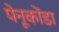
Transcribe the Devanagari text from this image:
पेनूकोंडा